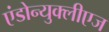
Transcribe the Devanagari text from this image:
एंडोन्युक्लीएज